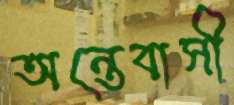
অন্তেবাসী